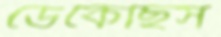
ডেকেছিস